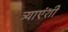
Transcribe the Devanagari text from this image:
त्र्याएंशी